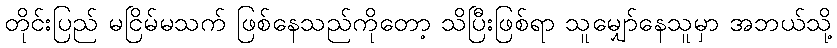
တိုင်းပြည် မငြိမ်မသက် ဖြစ်နေသည်ကိုတော့ သိပြီးဖြစ်ရာ သူမျှော်နေသူမှာ အဘယ်သို့